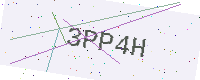
Text: 3PP4H